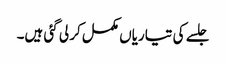
جلسے کی تیاریاں مکمل کر لی گئی ہیں۔